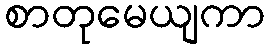
စာတုမေယျကာ